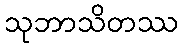
သုဘာသိတဿ